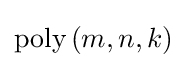
{\text{poly}}\left(m,n,k\right)